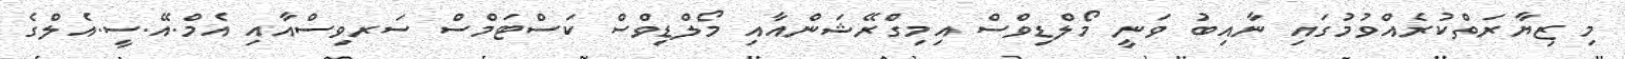
މި ޒިޔާރަތްކުރެއްވުމުގައި ނާއިބު ވަނީ މޯލްޑިވްސް އިމިގްރޭޝަންއާއި މޯލްޑިވްސް ކަސްޓަމްސް ސަރވިސްއާއި އެމް.އޭ.ސީ.އެލްގެ